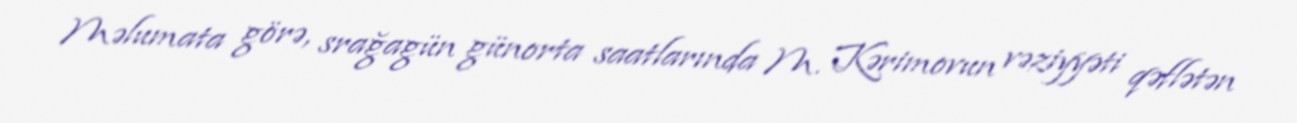
Məlumata görə, srağagün günorta saatlarında M. Kərimovun vəziyyəti qəflətən